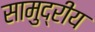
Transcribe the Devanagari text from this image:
सामुद्रीय